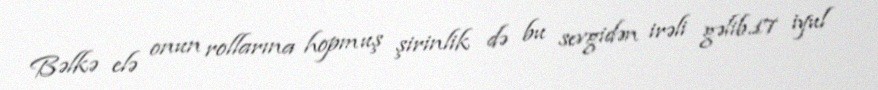
Bəlkə elə onun rollarına hopmuş şirinlik də bu sevgidən irəli gəlib.17 iyul